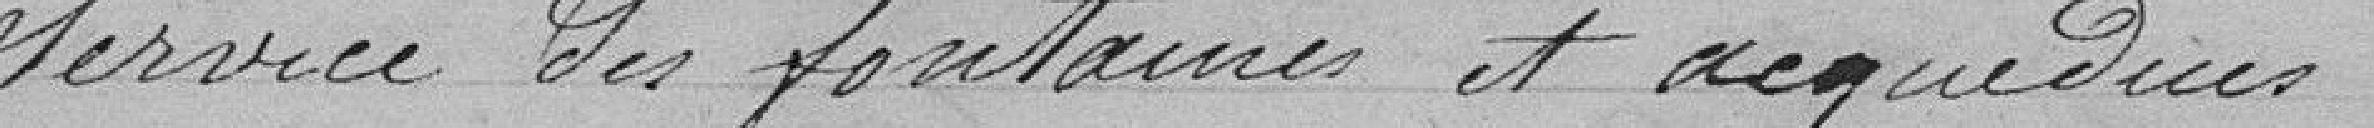
service des fontaines et aqueducs.